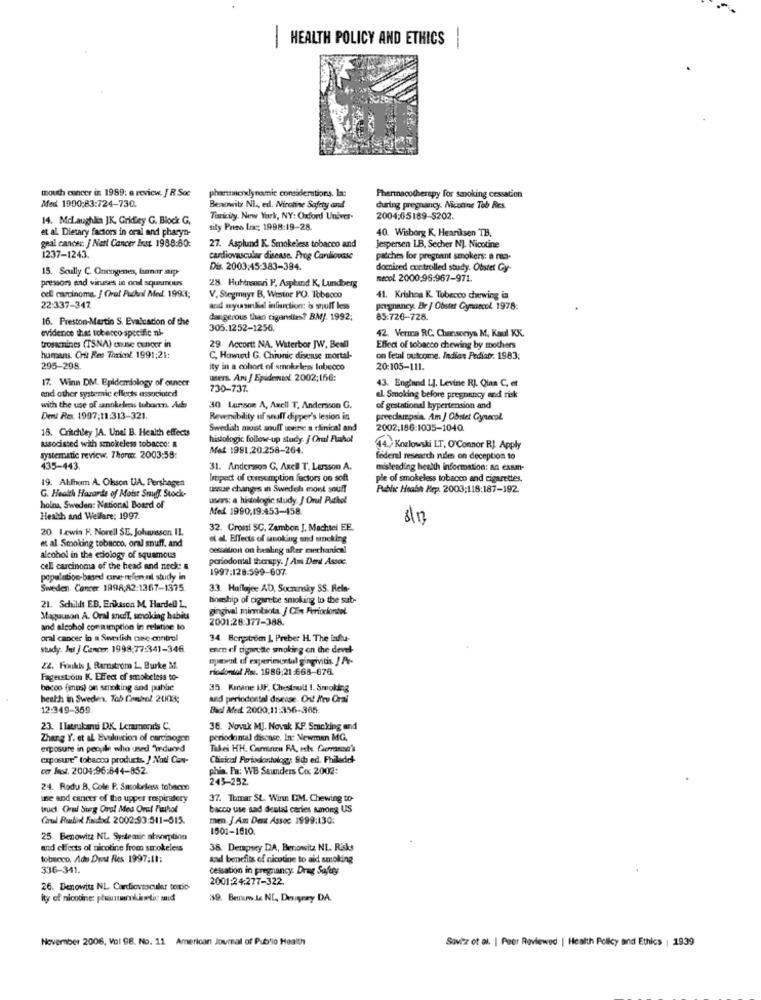
HEALTH POLICY AND ETHICS
-
mouth cancer in 1989: e review. J R Soc
pharmacyxdynamic considerations, la:
Med 1900:83:724-730.
Pharmacotherapy for smoking cessation
Benowitz NI ., ed. Nicotine Safety and
during pregnancy. Nicotine Teb Res.
14. Mclaughlin JK. Gridley G. Block G.
Tiricily. New York, NY: Oxford Univer-
2004;65189-5202.
et al. Dietary factors in oral and pharyn-
tily Pres Im; 1998:19-28.
40. Wisborg K, Heariksen TB.
geal cancer. J Nari Cancer Inut 1988:60:
27. Asplund K. Smokeless tobacco and
Jespersen LB, Secher NJ. Nicotine
1237-1243.
cardiovascular disease. Prog Cardiovasc
patches for pregnant smokers: a mo-
15. Scully C. Oncogenes, tumor aip
Dis. 2003:45:383-394.
domised controlled study. Obstet Gy-
presson and viruses in ond squarcours
28. Huhinsonni F. Asphand K, Lundberg
Recol. 2000.96:967-971.
cell carcinoma. ] Oral Puchal Med. 19933;
V. Stegmuyr B, Westor PO. Tobacco
41. Krishna K. Tobecco chewing ia
22:337-347
and mywasinkkal induction: is suff less
pregnancy. Br / Obstet Gynaecol 1978:
16. Preston-Martin S. Evaluacion of the
dangerous than cigandlies? BMJ. 1992;
85.726-728.
evidence that tokecco- specific ni-
305.1252-1256.
42. Verma RC, Chensoriya M, Kaul KK.
trosacnincs (TSNA) cause tuncer in
29. Accortt NA, Waterbor JW, Beall
Effect of tobacco chewing by mothers
humans. Crit Res Toxic! 1991:21:
C, Howwd G. Chronic disease mortal-
on fetal outcome. Indias Pediatr. 1983:
295-298.
ity in a cohort of smokeless lobecco
20:105-111.
17. Winn DM. Epidemiology of cancer
users. An / Epidemiol 2002;156:
end other systemic effects associuted
730-737.
43. England 1], Levine RJ. Qian C, et
al Smoking before pregnancy and risk
with the use of sannkeless tuborn. Ads
30 Lansoe A, Axell T, Andersson G.
of gestational hypertension and
Dent Res. 1997;11:313-321
Reversibility of snuff dipper's lesion in
preeclampsia. Am / Obstet Gynecol.
18. Critchley JA. Unei B. Health effects
Swedish moist snuff une a clinical and
2002,186:1035-1040
histologic follow-up study. / Orui Fuahol
sasociated with smokeless tobacco: &
Mel 1991,20.258-264.
44) Kozlowski LT, O'Connor RJ Apply
systematic review. 7hora: 2003:59:
federal research rules on deception to
435-443.
31. Andersson G, Axel T. Larsson A.
misleading health information: an exam-
19. Alfhum A. Olsson UA. Pershagen
Irepedt of consumption factors on soft
ple of smokeless tobacco and cigarettes.
tissue changes in Swedish mont souff
Public Health Hrp. 2003;118:187-192.
G. Health Hazards of Moist Snuff. Stock-
uses: a hidelogic study. J Orul Puthol
hoina, Sweden: National Board of
Med 1990,19:453-458.
Heath and Welfare: 1997.
8/13
20. Lewin F. Norell SE. Johansson IL.
32. Grossi SC, Zambon J, Machtel EE.
et al Smoking tobacco, oral snuff, and
et al. Effects of smoking and smoking
cessation on healing after mechanical
alcohol in the etiology of squamous
periodontal therapy. / Am Dent Assoc.
cell carcinoma of the head and neck: &
1997:128:599-607.
population-based carve refin nl study in
Sweden. Cancer 1998;82:1367-1375
33. Hufløjee AD, Socminsky SS. Rela-
tineship of cigarette smoking to the sub-
21. Schildt EB, Eriksson M. Hardell L.
gingival microbiota. / Cfe Feriocontel.
Maguuson A. Oral snull, smoking habits
2001:26:377-388.
and alcohol consumption in relation to
oral cancer in a Swesfish cese control
34. Bortrom L Preber H. The influ-
study. Juu J Cancer. 1998:77:341-346
enee ef cigarette smoking on the devel-
opent of experimental gingivitis. JAe-
22. Foukis & Rarostrom 1, Burke M.
riodontol Ru. 1986:21-668-676.
Fagerstrom K. Effect of smobelesa to-
bacon (mos) on smoking and public
35. Kinane IJF, Chestsult 1. Smoking
besth in Sweden. Tab Consol 20103;
and periodontal dovesse. Cn! Mrv Oral
12:349-359
Bici Med. 2000,11:356-365.
23. I latrukamu DK. Lenunends C.
36. Novak MJ. Novak KF. Smoking and
Zhang Y. et al Evaluation of carcinogen
periodontal disease. In: Newman MG.
exposure in people who uned "weduned
Takei HH, Carrara FA, eche Cierraman's
exposure" tobacco products. ) Nad Can-
Cheical Periodontology Sch ed. Fhilade
car lot. 2004:96:844-852.
phia. Fa: WB Saunders Co; 2002:
243-252.
24. Rodu B. Cole P. Smokeless tobacon
Be and cancer of the upper respiratory
37. Tomar St. Winn DM. Chewing to-
trucs. Oraf Surg Oral Med Ort Pathol
bacco use sad dental caries song US
Carul Rundid Findod. 2002:93:511-515.
men. J Am Desx Assoc 1999:130:
1501-1610.
25. Benowitz NL. Systemic absorption
and effects of nicotine from smokeless
38. Dempsey DA, Benowitz NL. Risks
tobeoco. Ade Det Res 1997:11:
kad benefits of nicotine to aid smoking
336-341.
cessation in pregnancy. Drug Safety
2001:24:277-322.
26. Denowiu NL. Cardiovascular totio-
ity of nicotine: pluusmno kinetic and
$9. Betrwww.Le NL, Deugray DA.
November 2006, Vol 98. No. 11 American Journal of Public Health
Sovitz ot al. | Peer Reviewed | Health Policy and Ethics | 1939